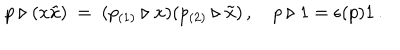
p \triangleright ( x \tilde { x } ) \ = \ ( p _ { ( 1 ) } \triangleright x ) ( p _ { ( 2 ) } \triangleright \tilde { x } ) \, , \quad p \triangleright 1 = \epsilon ( p ) 1 \, .